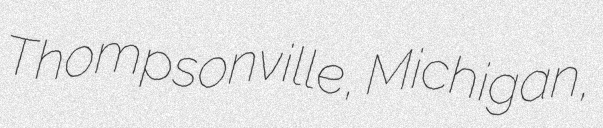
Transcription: Thompsonville, Michigan,